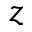
z